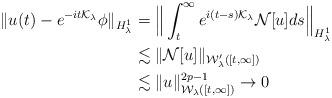
LaTeX: \begin{align*}\|u(t)-e^{-it{\mathcal K}_\lambda}\phi\|_{H^1_\lambda}&=\Big\|\int_t^{\infty} e^{i(t-s)\mathcal{K}_{\lambda}}\mathcal{N}[u] ds\Big\|_{H_{\lambda}^1}\\&\lesssim\|\mathcal{N}[u]\|_{\mathcal{W}_{\lambda}'([t,\infty])} \\&\lesssim \|u\|^{2p-1}_{\mathcal{W}_{\lambda}([t,\infty])} \rightarrow 0\end{align*}